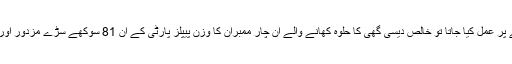
حالانکہ اس وقت بھی اقبال کے فارمولے پر عمل کیا جاتا تو خالص دیسی گھی کا حلوہ کھانے والے ان چار ممبران کا وزن پیپلز پارٹی کے ان 81 سوکھے سڑے مزدور اور دانشور ممبران سے کچھ زیادہ ہی نکلتا۔